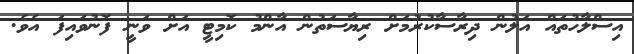
އިސްލާހުތައް އަލުން ދިރާސާކުރުމަށް ރިޔާސަތުން އާންމު ކޮމިޓީ އަށް ވަނީ ފޮނުވައިފަ އެވެ.